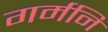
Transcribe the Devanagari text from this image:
गर्मनि